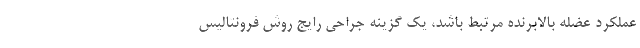
عملکرد عضله بالابرنده مرتبط باشد، یک گزینه جراحی رایج روش فرونتالیس